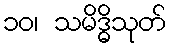
၁၀၊ သမိဒ္ဓိသုတ်